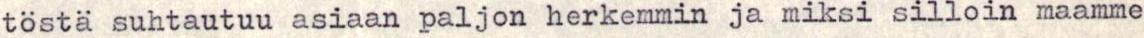
töstä suhtautuu asiaan paljon herkemmin ja miksi silloin maamme